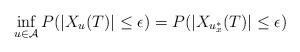
LaTeX: \begin{align*} \inf_{u\in\mathcal A}P(\vert X_u(T)\vert \leq \epsilon) = P(\vert X_{u_x^*}(T)\vert \leq \epsilon) \end{align*}